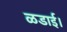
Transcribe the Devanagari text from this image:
ळडाई।